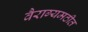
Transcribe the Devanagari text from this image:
वैराग्यमठीत